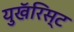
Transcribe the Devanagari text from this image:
युखॅरिस्ट